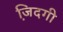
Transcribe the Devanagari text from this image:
जि़दगी